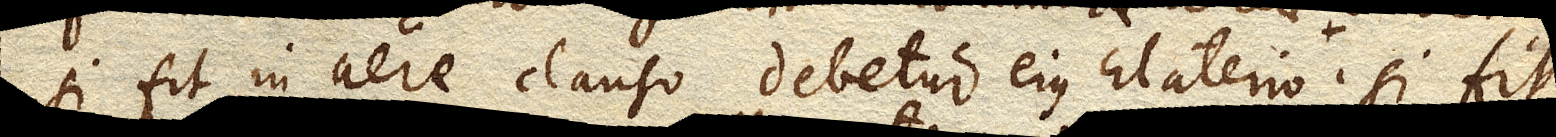
si fit in aere clauso debetur ejus Elaterio comprimi ultra renuentis; si fit